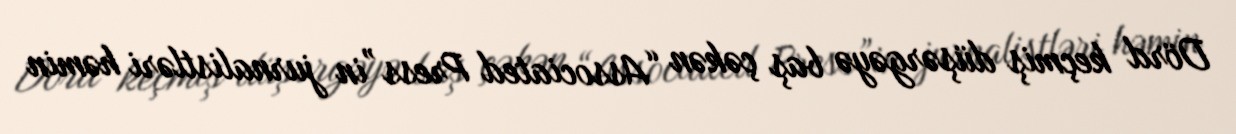
Dörd keçmiş düşərgəyə baş çəkən “Associated Press”in jurnalistləri həmin